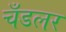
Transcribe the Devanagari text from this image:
चँडलर